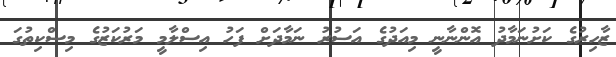
ޒާހިރުގެ ކަށުނަމާދު އޮންނާނީ މިއަދުގެ އަސުރު ނަމާދަށް ފަހު އިސްލާމީ މަރުކަޒުގެ މިސްކިތުގަ